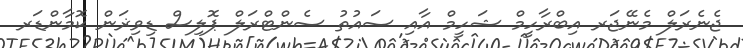
ޖެނެރަލް މެނޭޖަރ އިބްރާހީމް ޝަހީމް އާއި ސައުތު ސެންޓްރަލް ޕޮލިސް ޑިވިޜަން ކޮމާންޑަރ